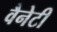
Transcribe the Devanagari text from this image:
वैनेटी